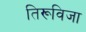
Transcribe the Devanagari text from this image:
तिरूविजा